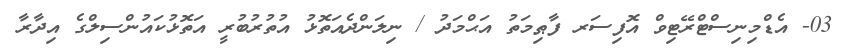
03- އެޑްމިނިސްޓްރޭޓިވް އޮފިސަރ ފާޠިމަތު އަޙްމަދު / ނިލަންދެއަތޮޅު އުތުރުބުރީ އަތޮޅުކައުންސިލްގެ އިދާރާ